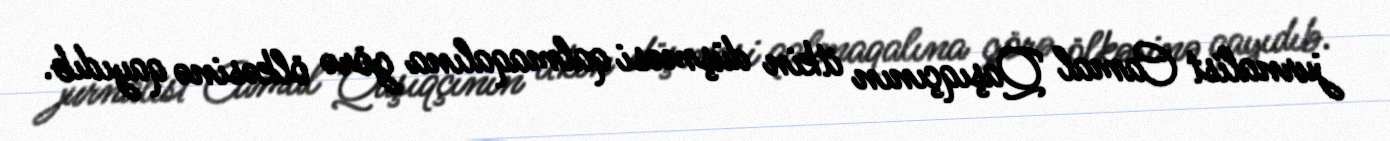
jurnalist Camal Qaşıqçının itkin düşməsi qalmaqalına görə ölkəsinə qayıdıb.